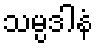
သမ္ပဒါနံ